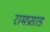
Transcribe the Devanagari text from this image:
रामप्रसाड